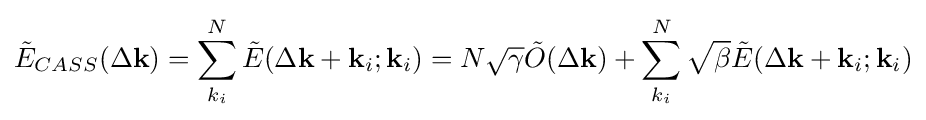
{\tilde {E}}_{CASS}(\Delta \mathbf {k} )=\sum _{k_{i}}^{N}{\tilde {E}}(\Delta \mathbf {k} +\mathbf {k} _{i};\mathbf {k} _{i})=N{\sqrt {\gamma }}{\tilde {O}}(\Delta \mathbf {k} )+\sum _{k_{i}}^{N}{\sqrt {\beta }}{\tilde {E}}(\Delta \mathbf {k} +\mathbf {k} _{i};\mathbf {k} _{i})